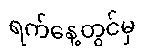
ရက်နေ့တွင်မှ